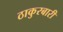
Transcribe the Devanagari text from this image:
ठाकुरबारी